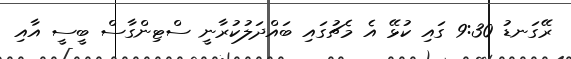
ރޭގަނޑު 9:30 ގައި ކުޅޭ އެ މެޗުގައި ބައްދަލުކުރާނީ ސްޓިންގާސް ބީސީ އާއި